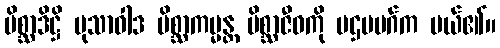
မိစ္ဆာဒိဋ္ဌိ မုသာဝါဒ မိစ္ဆာကမ္မန္တ မိစ္ဆာဇီဝကို ပဌမမဂ်က ပယ်၏။